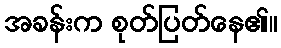
အခန်းက စုတ်ပြတ်နေ၏။